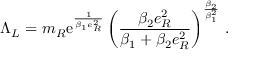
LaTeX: \Lambda _ { L } = m _ { R } \mathrm { e } ^ { \frac { 1 } { \beta _ { 1 } e _ { R } ^ { 2 } } } \left( \frac { \beta _ { 2 } e _ { R } ^ { 2 } } { \beta _ { 1 } + \beta _ { 2 } e _ { R } ^ { 2 } } \right) ^ { \frac { \beta _ { 2 } } { \beta _ { 1 } ^ { 2 } } } \, .